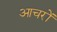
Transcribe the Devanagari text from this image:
आचरों